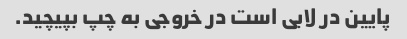
پایین در لابی است در خروجی به چپ بپیچید.